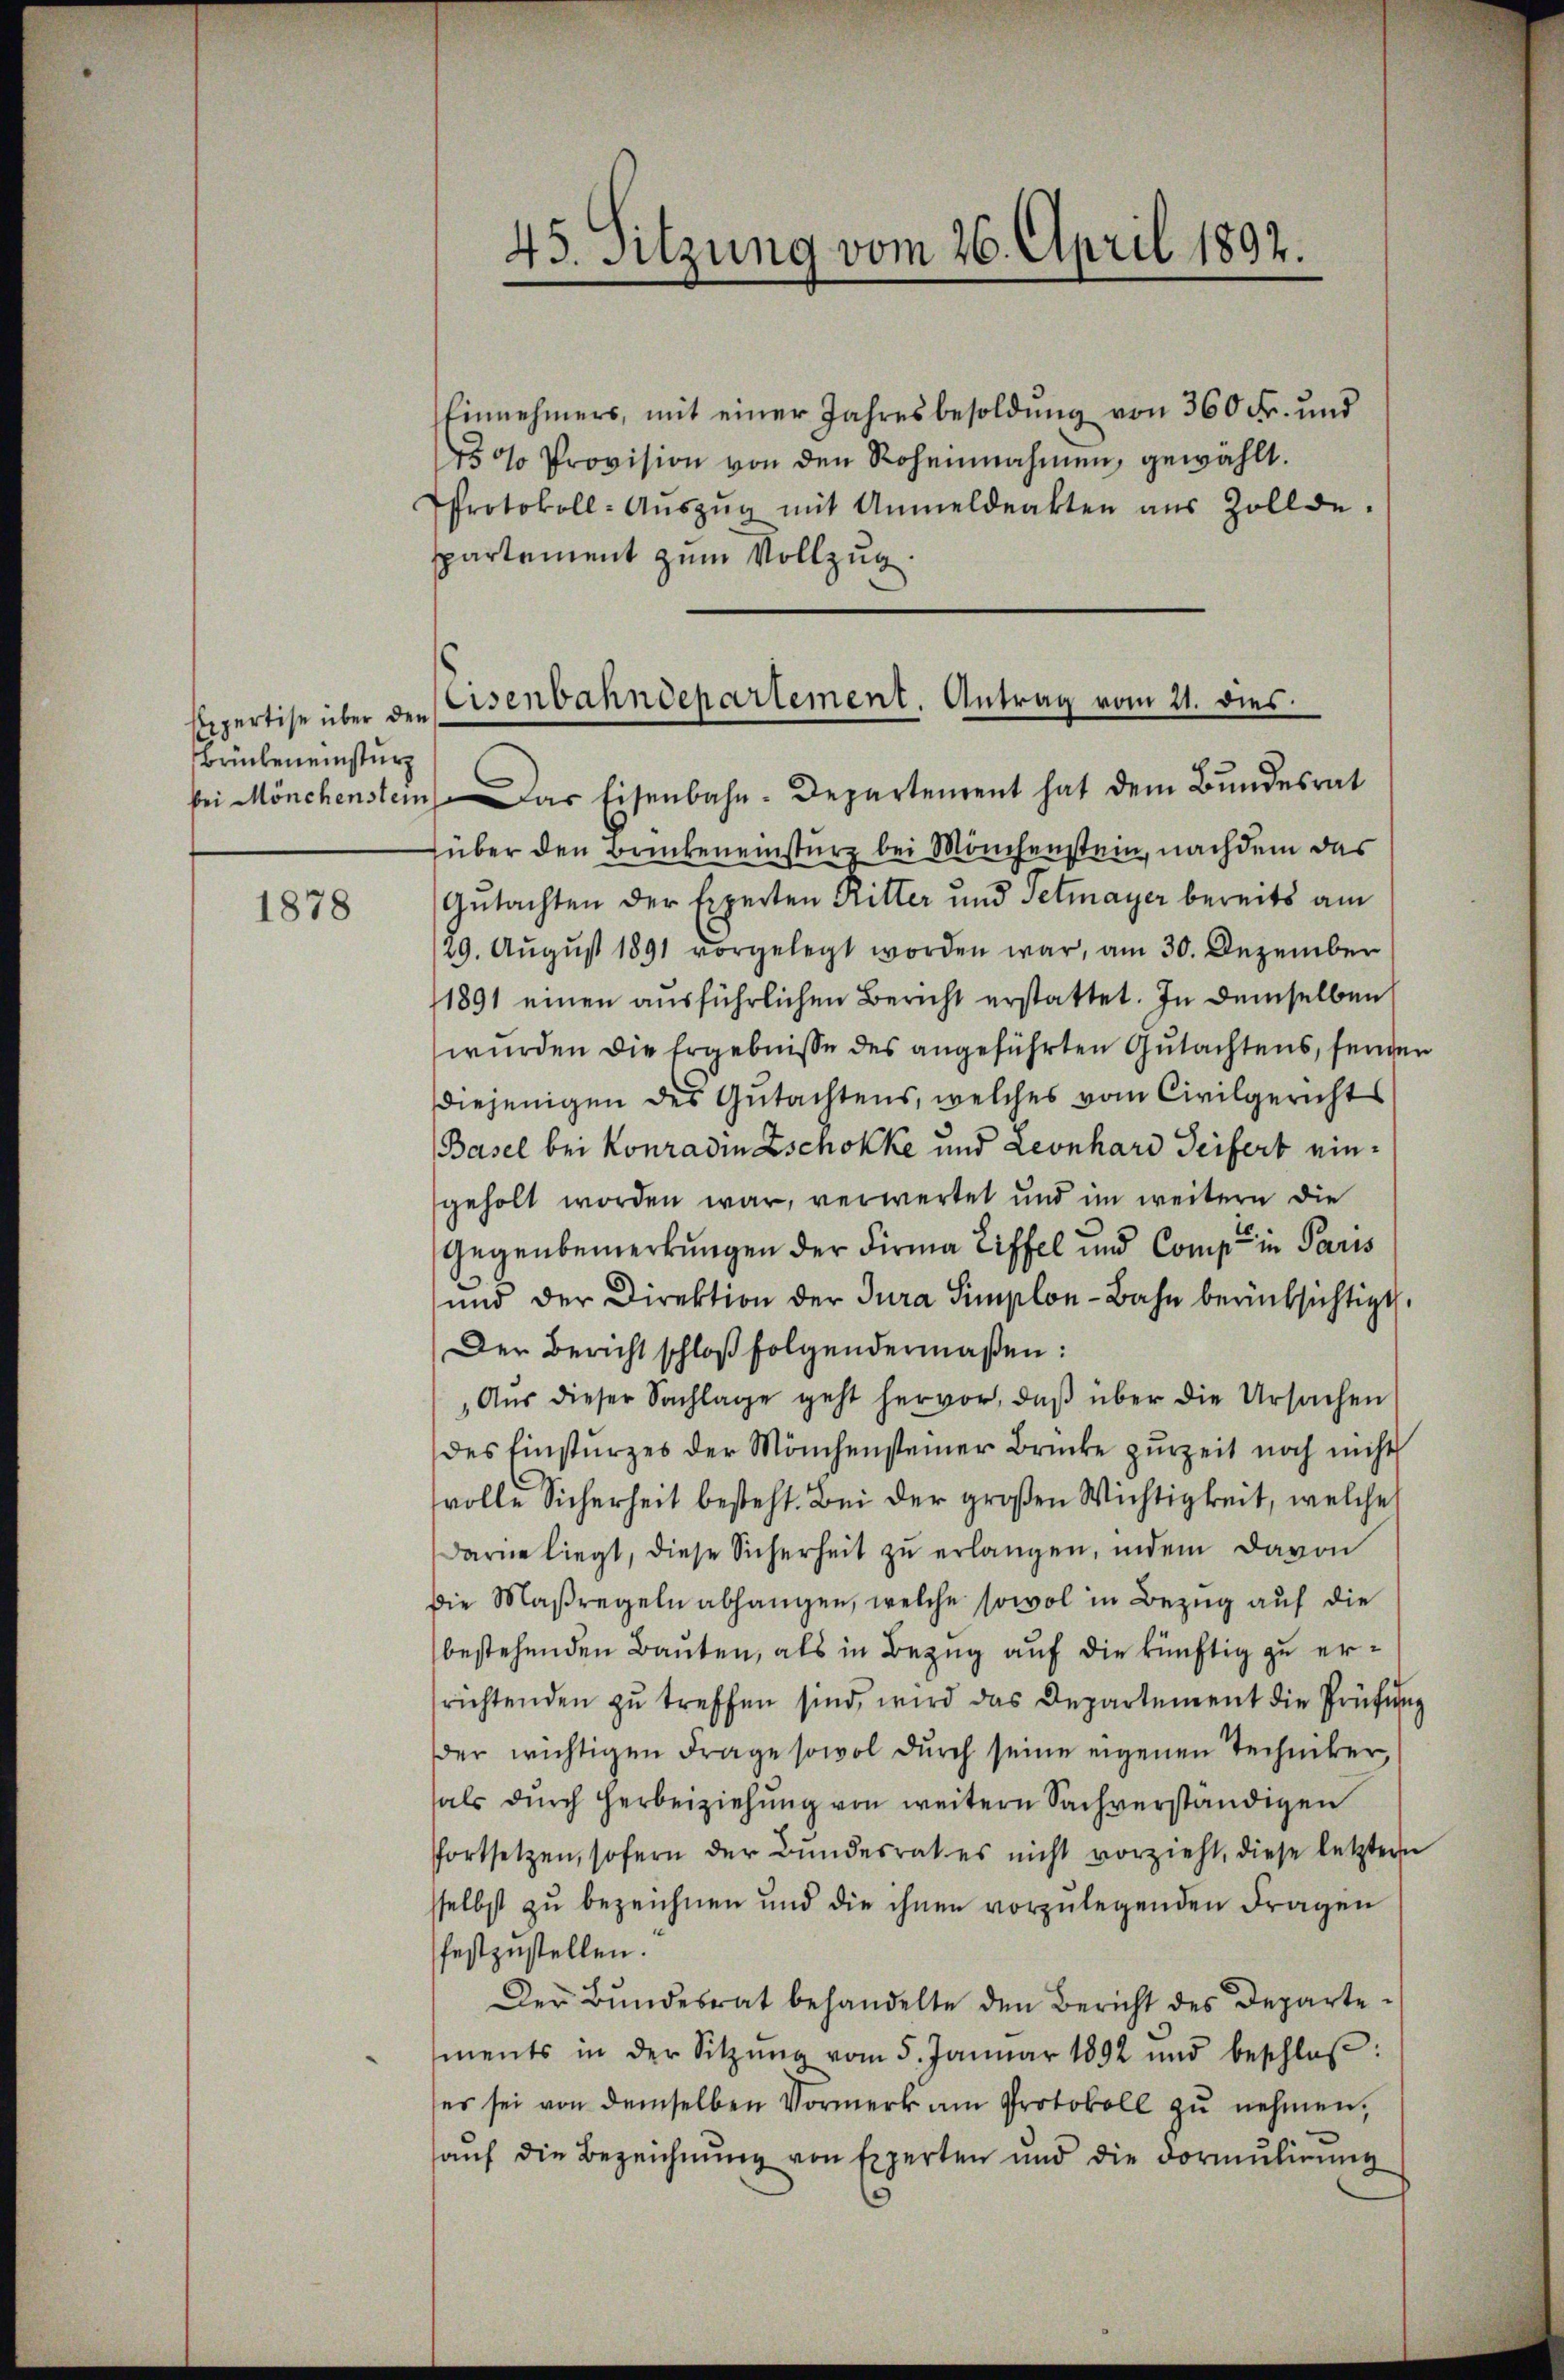
Repertise über den
Brücken einsturz

1878

45. Sitzung vom 26. April 1892.

Einnehmers, mit einer Jahresbesoldŭng von 360 Fr. und
45% Provision von den Roheinnahmen, gewählt.
Protokoll-Aŭszŭg mit Anmeldeakten aus Zollde-
spartement zum Vollzug.
bei Mönchenstein. Das Eisenbahn-Departement hat dem Bundesrat
süber den Bankeneinsturz bei Mönchenstein, nachdem das
Gutachten der Experten Ritter und Petmayer bereits am
29. August 1891 vorgelegt worden war, am 30. Dezember
1891 einen ausführlichen Bericht erstattet. In demselben
wurden die Ergebnisse des angeführten Gutachtens, fergen
diejenigen des Gutachtens, welches vom Civilgerichts
Basel bei Konradin Zschokke und Leonhard Seifert eingeholt worden war, verwertet und im weitern die
Gegenbemerkungen der Firma Ziffel und Comp. in Paris
und der Direktion der Jura Simplon-Bahn berücksichtigt.
Der Bericht schloß folgendermaßen:
„Aŭs dieser Sachlage geht hervor, daβ über die Ursachen
des Einstŭrzes der Mönchensteiner Brücke zŭrzeit noch nicht
volle Sicherheit besteht. Bei der großen Wichtigkeit, welche
darin liegt, diese Sicherheit zŭ erlangen, indem davon
die Maßregeln abhangen, welche sowol in Bezug auf die
bestehenden Bauten, als in Bezug auf die künftig zu errichtenden zŭ treffen sind, wird das Departement die Prüfŭng
der wichtigen Frage sowol durch seine eigenen Techniker,
hals dŭrch herbeiziehŭng von weitern Sachverständigen
fortsetzen, sofern der Bundesrat es nicht vorzieht, diese letztern
sselbst zu bezeichnen und die ihnen vorzulegenden Fragen
festzustellen.
Der Bŭndesrat behandelte den Bericht des Departements in der Sitzŭng vom 5. Januar 1892 und beschloß:
es sei von demselben Vormerk am Protokoll zu nehmen,
aŭf die Bezeichnung von Experten und die Formulirung

Eisenbahndepartement. Antrag vom 21. dies